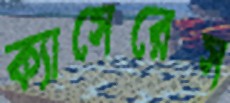
ক্যাসেরেস